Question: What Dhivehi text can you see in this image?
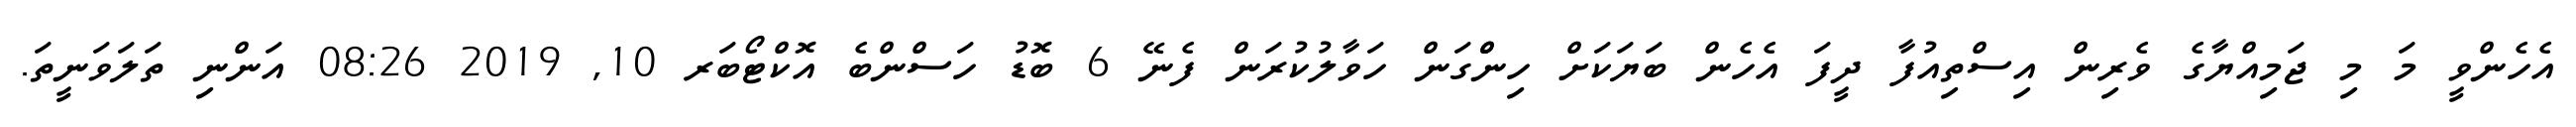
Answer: އެހެންވީ މަ މި ޖަމިއްޔާގެ ވެރިން އިސްތިއުފާ ދީފަ އެހެން ބަޔަކަށް ހިންްގަން ހަވާލުކުރަން ފެނޭ 6 ބޮޑު ހަސްންބެ އޮކްޓޯބަރ 10, 2019 08:26 އަންނި ތަލަވަނީތަ.